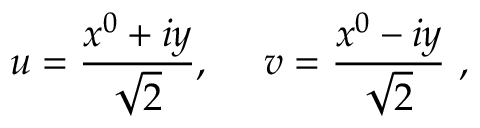
u = { \frac { x ^ { 0 } + i y } { \sqrt { 2 } } } , ~ ~ ~ ~ v = { \frac { x ^ { 0 } - i y } { \sqrt { 2 } } } ~ ,